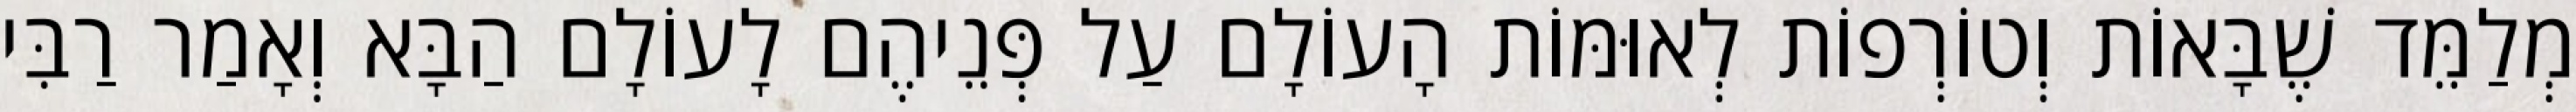
מְלַמֵּד שֶׁבָּאוֹת וְטוֹרְפוֹת לְאוּמּוֹת הָעוֹלָם עַל פְּנֵיהֶם לָעוֹלָם הַבָּא וְאָמַר רַבִּי